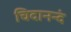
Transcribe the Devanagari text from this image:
चिदानन्दं